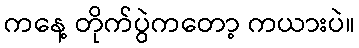
ကနေ့ တိုက်ပွဲကတော့ ကယားပဲ။